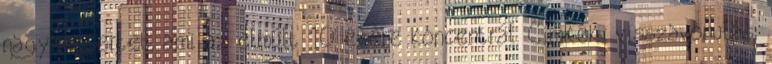
nagykoncertet, ami az elmúlt 10 évére koncentrál. Címkék: visszavonulás,